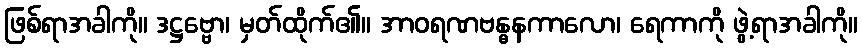
ဖြစ်ရာအခါကို။ ဒဋ္ဌဗ္ဗော၊ မှတ်ထိုက်၏။ အာဝရဏဗန္ဓနကာလော၊ ရေကာကို ဖွဲ့ရာအခါကို။